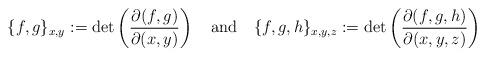
LaTeX: \begin{align*}\{f,g\}_{x,y}:=\det\left(\frac{\partial(f,g)}{\partial(x,y)}\right)\quad{\rm and}\quad\{f,g,h\}_{x,y,z}:=\det\left(\frac{\partial(f,g,h)}{\partial(x,y,z)}\right)\end{align*}